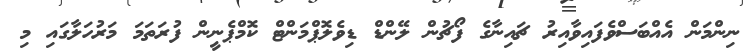
ނިންމަން އެއްބަސްވެފައިވާއިރު ޗައިނާގެ ފޯޗުން ލޭންޑް ޑިވެލޮޕްމަންޓް ކޮމްޕެނީން ފުރަތަމަ މަރުހަލާގައި މި